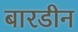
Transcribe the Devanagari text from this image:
बारडीन